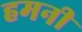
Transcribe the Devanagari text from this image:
हमनी